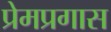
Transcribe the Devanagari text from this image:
प्रेमप्रगास